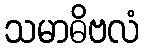
သမာဓိဗလံ